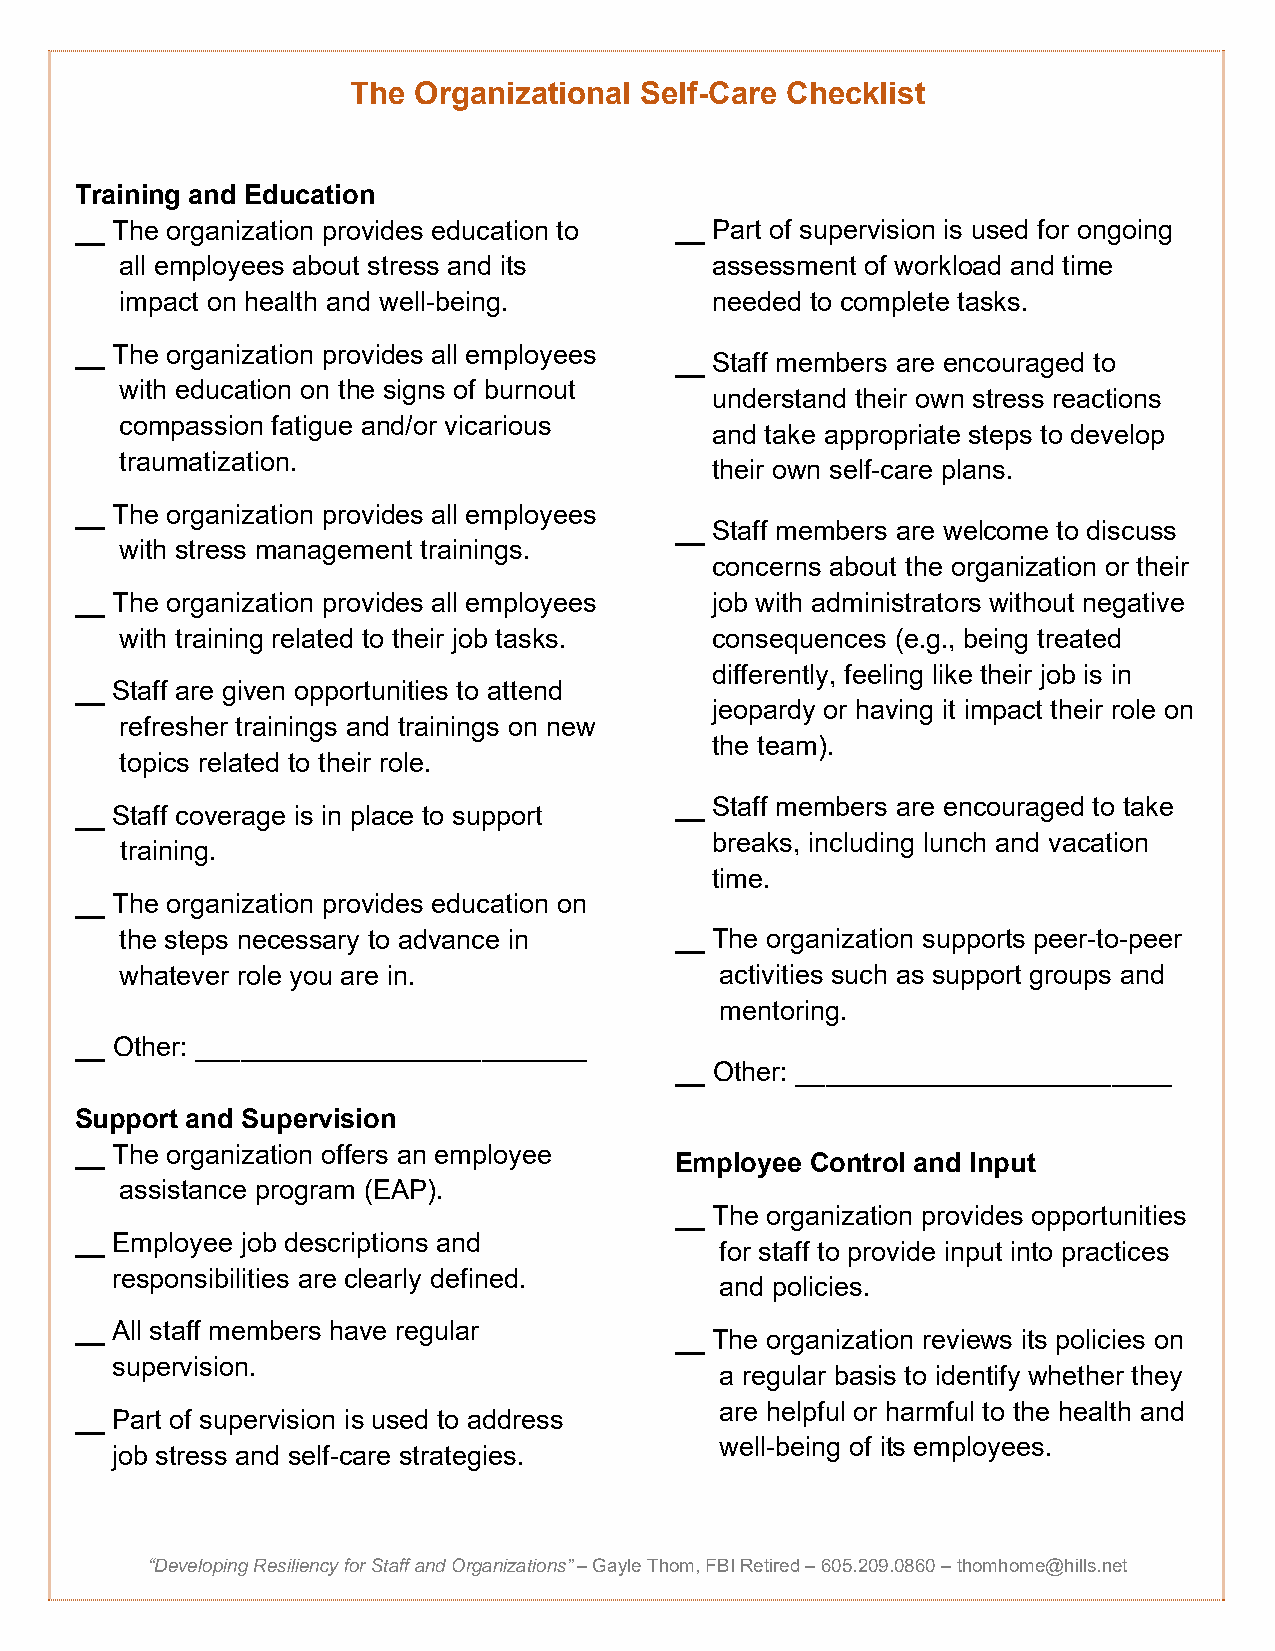
The Organizational Self-Care Checklist
 Training and Education
 __ The organization provides education to __ Part of supervision is used for ongoing
 all employees about stress and its     assessment of workload and time
 impact on health and well-being.       needed to complete tasks.
 __ The organization provides all employees
 __ Staff members are encouraged to
 with education on the signs of burnout
 understand their own stress reactions
 compassion fatigue and/or vicarious
 and take appropriate steps to develop
 traumatization.
 their own self-care plans.
 __ The organization provides all employees
 __ Staff members are welcome to discuss
 with stress management trainings.
 concerns about the organization or their
 __ The organization provides all employees job with administrators without negative
 with training related to their job tasks. consequences (e.g., being treated
 differently, feeling like their job is in
 __ Staff are given opportunities to attend
 jeopardy or having it impact their role on
 refresher trainings and trainings on new
 the team).
 topics related to their role.
 __ Staff members are encouraged to take
 __ Staff coverage is in place to support
 breaks, including lunch and vacation
 training.
 time.
 __ The organization provides education on
 the steps necessary to advance in    __ The organization supports peer-to-peer
 whatever role you are in.               activities such as support groups and
 mentoring.
 __ Other: __________________________
 __ Other: _________________________
 Support and Supervision
 __ The organization offers an employee
 Employee Control and Input
 assistance program (EAP).
 __ The organization provides opportunities
 __ Employee job descriptions and
 for staff to provide input into practices
 responsibilities are clearly defined.
 and policies.
 __ All staff members have regular
 __ The organization reviews its policies on
 supervision.
 a regular basis to identify whether they
 are helpful or harmful to the health and
 __ Part of supervision is used to address
 well-being of its employees.
 job stress and self-care strategies.
 “Developing Resiliency for Staff and Organizations” – Gayle Thom, FBI Retired – 605.209.0860 – thomhome@hills.net